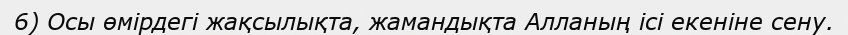
6) Осы өмірдегі жақсылықта, жамандықта Алланың ісі екеніне сену.